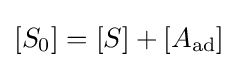
[S_{0}]=[S]+[A_{\text{ad}}]